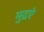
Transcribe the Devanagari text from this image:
मुद्रएं